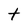
Character: t